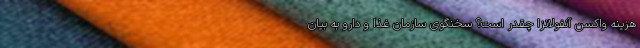
هزینه واکسن آنفولانزا چقدر است؟ سخنگوی سازمان غذا‌ و دارو به بیان